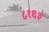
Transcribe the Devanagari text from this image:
८१६३